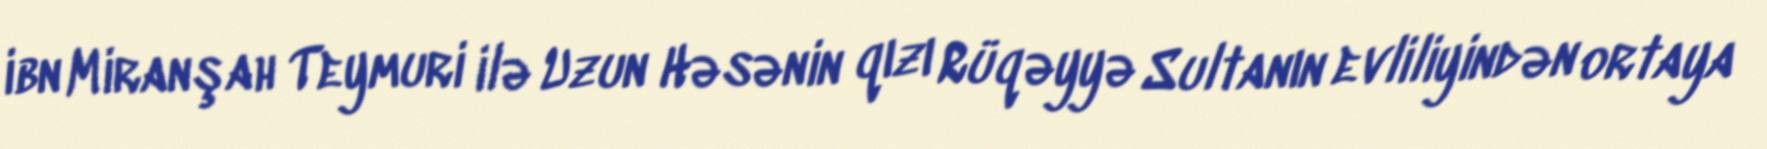
ibn Miranşah Teymuri ilə Uzun Həsənin qızı Rüqəyyə Sultanın evliliyindən ortaya